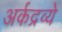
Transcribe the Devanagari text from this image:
अर्कद्रव्ये